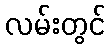
လမ်းတွင်